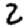
Digit: 2